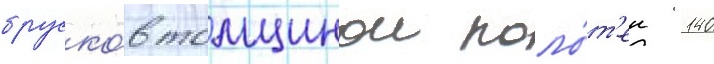
бруско́в толщинои поло́т'ен 140